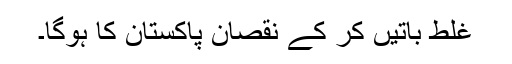
غلط باتیں کر کے نقصان پاکستان کا ہوگا۔